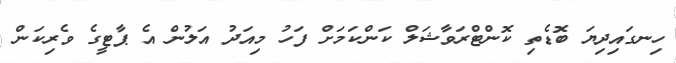
ހިނގައިދިޔަ ބޮޑެތި ކޮންޓްރަވާޝަލް ކަންކަމަށް ފަހު މިއަދު އަލުން އެ ޕާޓީގެ ވެރިކަން